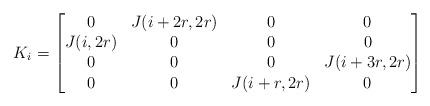
LaTeX: \begin{align*}K_i=\begin{bmatrix}0&J(i+2r,2r)&0&0\\J(i,2r)&0&0&0\\0&0&0&J(i+3r,2r)\\0&0&J(i+r,2r)&0\\\end{bmatrix}\end{align*}